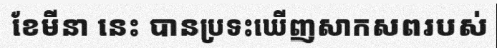
ខែមីនា នេះ បានប្រទះឃើញសាកសពរបស់